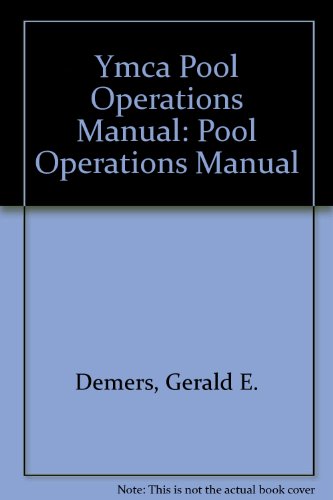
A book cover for Ymca Pool Operations Manual: Pool Operations Manual; Gerald E. Demers; Sports & Outdoors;